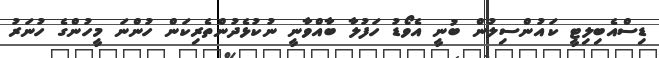
ޑިސްއެބިލިޓީ ކައުންސިލުން ބުނީ އެވޯޑު ހަފުލާ ބާއްވާނީ ނުކުޅެދުންތެރިކަން ހުންނަ މީހުންގެ ހުނަރު